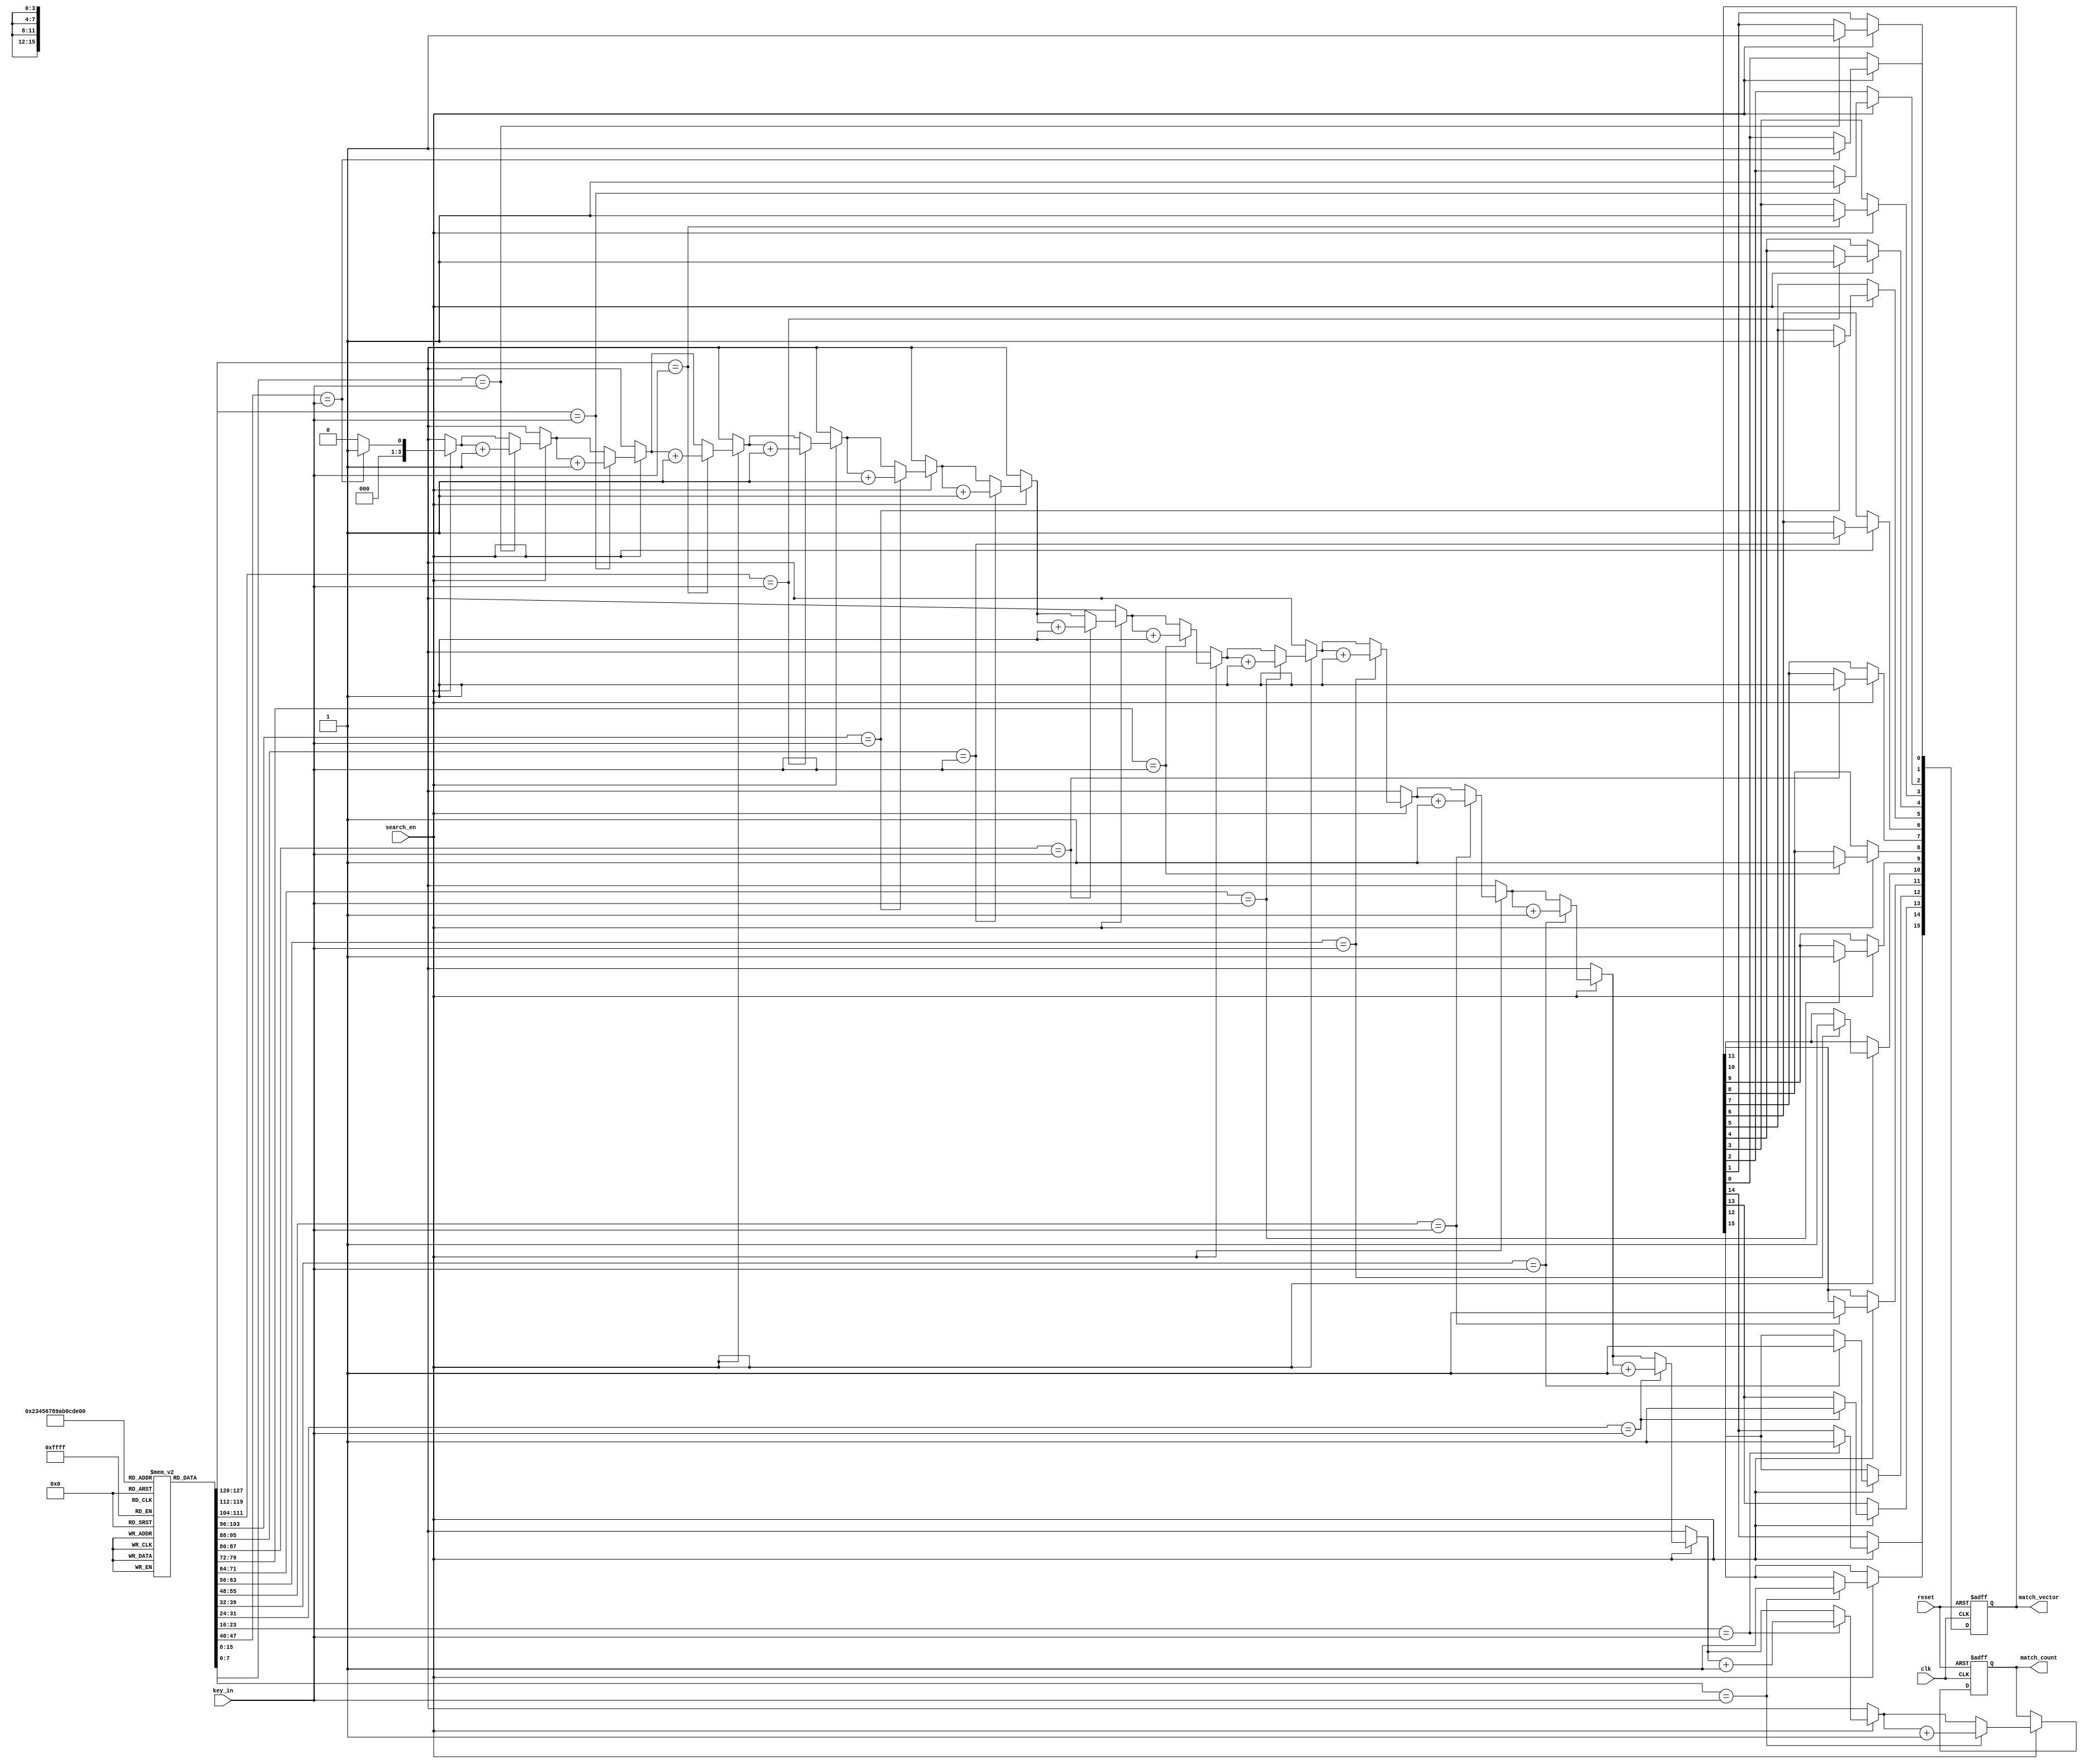
module MultiMatchCAM #(
    parameter DEPTH = 16,   // Number of entries in the CAM
    parameter WIDTH = 8     // Width of each entry in bits
)(
    input  wire [WIDTH-1:0] key_in,        // Input key to be searched
    input  wire              search_en,     // Enable signal for search operation
    input  wire              clk,           // Clock signal
    input  wire              reset,         // Reset signal
    output reg [DEPTH-1:0]  match_vector,   // Match output vector
    output reg [3:0]        match_count     // Number of matches found
);

    // Memory array to hold the stored entries
    reg [WIDTH-1:0] mem_array [0:DEPTH-1];

    integer i;

    // Asynchronous reset and synchronous operation
    always @(posedge clk or posedge reset) begin
        if (reset) begin
            match_vector <= 0;          // Clear match vector
            match_count <= 0;           // Clear match count
        end else begin
            if (search_en) begin
                match_vector <= 0;      // Reset match vector
                match_count = 0;        // Reset match count

                // Compare input key with each entry in the CAM
                for (i = 0; i < DEPTH; i = i + 1) begin
                    if (mem_array[i] == key_in) begin
                        match_vector[i] = 1'b1; // Set match bit if found
                        match_count = match_count + 1; // Increment match count
                    end
                end
            end
        end
    end

    // Task for writing entries into the CAM
    task write_entry(input [WIDTH-1:0] entry, input [log2(DEPTH)-1:0] index);
        begin
            if (index < DEPTH) begin
                mem_array[index] = entry;
            end
        end
    endtask

    // Helper function to calculate log base 2
    function integer log2;
        input integer value;
        integer i;
        begin
            log2 = 0;
            for (i = 0; (2**i) < value; i = i + 1) begin
                log2 = i + 1;
            end 
        end
    endfunction

endmodule